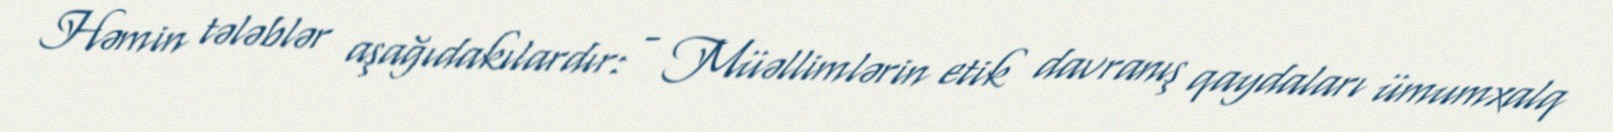
Həmin tələblər aşağıdakılardır: - Müəllimlərin etik davranış qaydaları ümumxalq